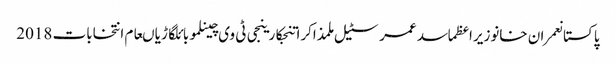
پاکستانعمران خانوزیراعظماسد عمرسٹیل ملمذاکراتنجکارینجی ٹی وی چینلموبائلگاڑیاںعام انتخابات 2018